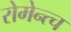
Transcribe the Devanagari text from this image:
रोमेन्त्च